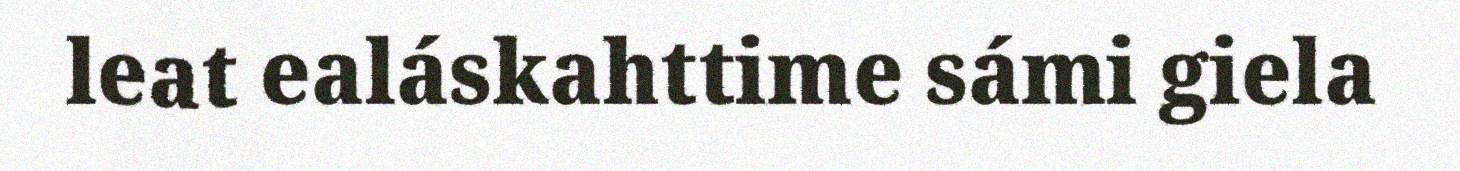
leat ealáskahttime sámi giela